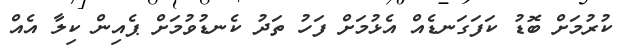
ކުރުމަށް ބޮޑު ކަފަގަނޑެއް އެޅުމަށް ފަހު ތަދު ކެނޑުވުމަށް ޕެއިން ކިލާ އެއް